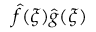
{ \hat { f } } ( \xi ) { \hat { g } } ( \xi )